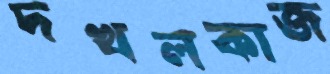
দখলকাজ